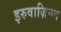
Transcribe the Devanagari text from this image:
इरुवाज़िनद